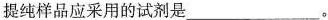
提纯样品应采用的试剂是___。